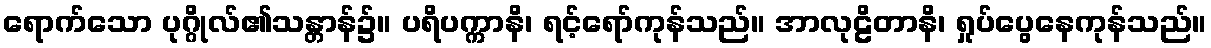
ရောက်သော ပုဂ္ဂိုလ်၏သန္တာန်၌။ ပရိပက္ကာနိ၊ ရင့်ရော်ကုန်သည်။ အာလုဠိတာနိ၊ ရှုပ်ပွေနေကုန်သည်။